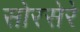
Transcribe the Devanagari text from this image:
सोरसेरे